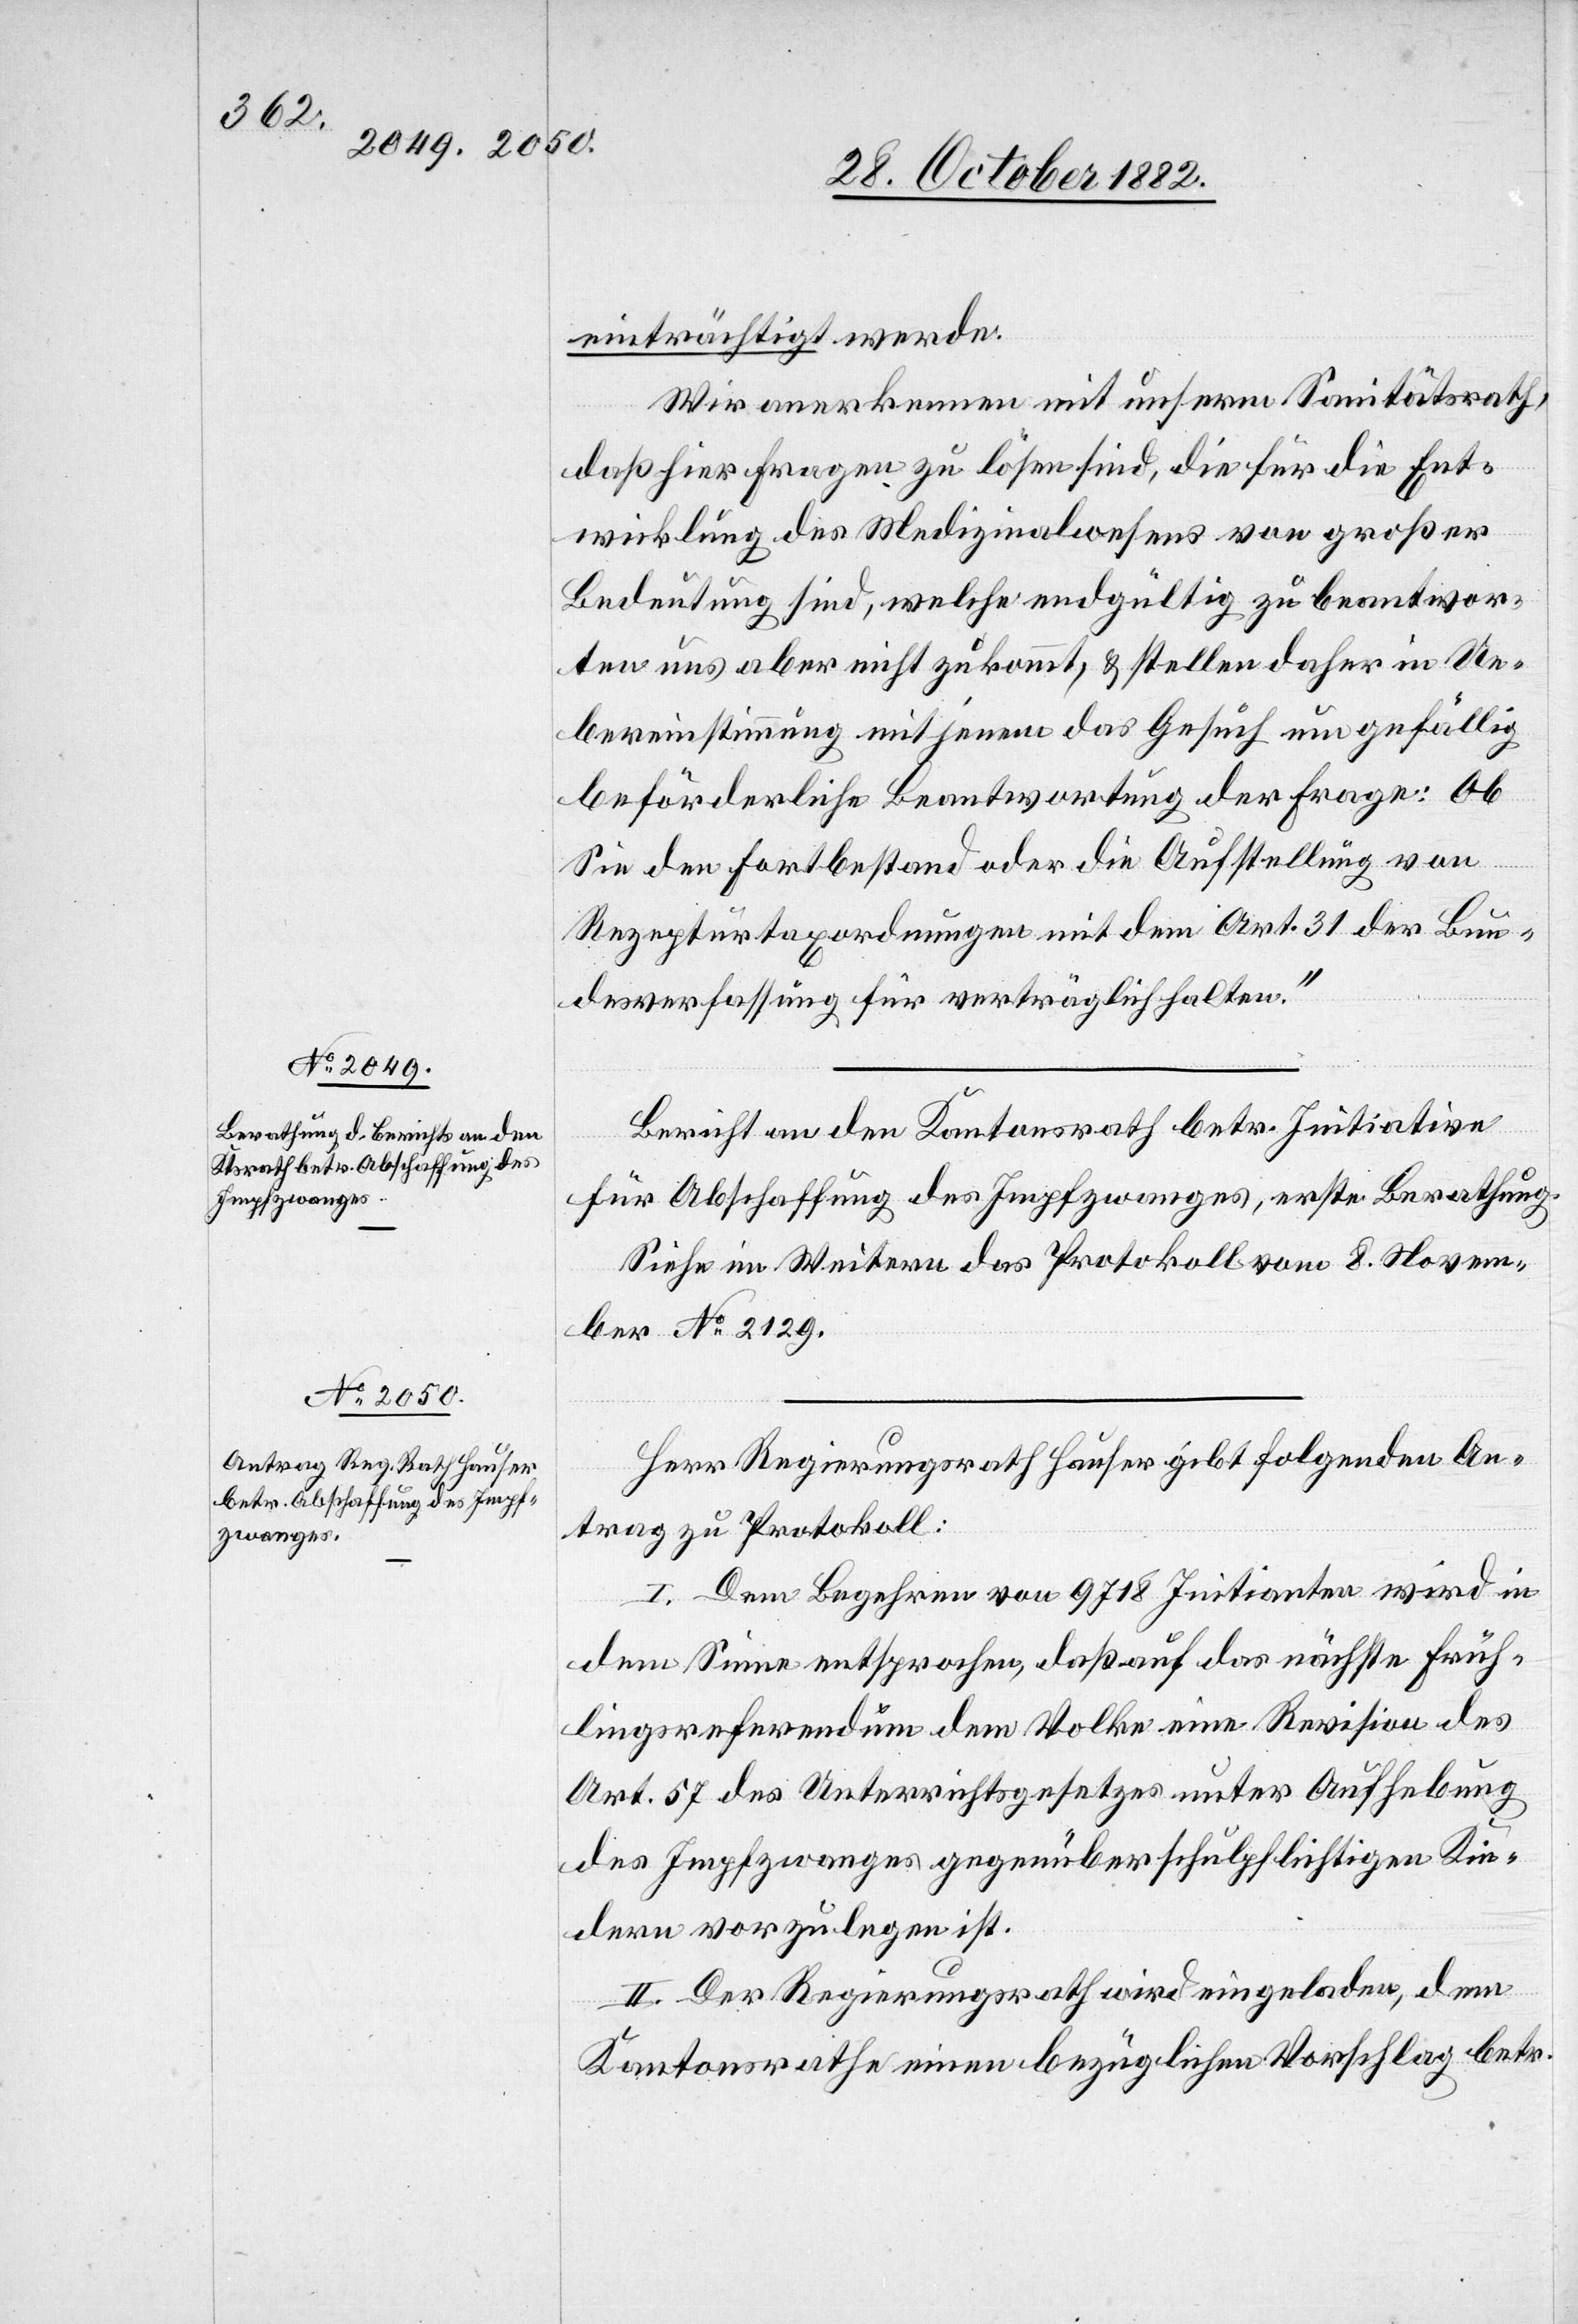
einträchtigt werde.
Wir anerkennen mit unserm Sanitätsrath,
daß hier Fragen zu lösen sind, die für die Ent¬
wicklung des Medizinalwesens von großer
Bedeutung sind, welche endgültig zu beantwor¬
ten uns aber nicht zukommt, & stellen daher in Ue¬
bereinstimmung mit jenem das Gesuch um gefällig
beförderliche Beantwortung der Frage: Ob
Sie den Fortbestand oder die Aufstellung von
Rezepturtaxordnungen mit dem Art. 31 der Bun¬
desverfassung für verträglich halten.“
Bericht an den Kantonsrath betr. Initiative
für Abschaffung des Impfzwanges, erste Berathung.
Siehe im Weitern das Protokoll vom 8. Novem¬
ber No 2129.
Herr Regierungsrath Hauser gibt folgenden An¬
trag zu Protokoll:
I. Dem Begehren von 9718 Initianten wird in
dem Sinne entsprochen, daß auf das nächste Früh¬
lingsreferendum dem Volke eine Revision des
Art. 57 des Unterrichtsgesetzes unter Aufhebung
des Impfzwanges gegenüber schulpflichtigen Kin¬
dern vorzulegen ist.
II. Der Regierungsrath wird eingeladen, dem
Kantonsrathe einen bezüglichen Vorschlag betr.